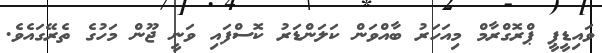
ވައިޑީޕީ ޕްރޮގްރާމް މިއަހަރު ބާއްވަން ކަލަންޑަރު ކޮސްފައި ވަނީ ޖޫން މަހުގެ ތެރޭގައެވެ.